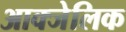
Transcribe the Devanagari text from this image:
आक्जेलिक